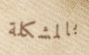
بالمشكلة